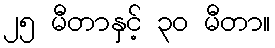
၂၅ မီတာနှင့် ၃၀ မီတာ။